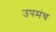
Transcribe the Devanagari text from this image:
उपमंच